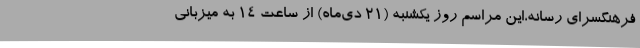
فرهنگسرای رسانه،این مراسم روز یکشنبه (21 دی‌ماه) از ساعت 14 به میزبانی